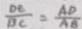
\frac { D E } { B C } = \frac { A D } { A B }